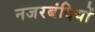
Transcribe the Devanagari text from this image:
नजरबंदियों